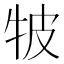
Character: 𤙎